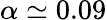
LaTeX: \alpha\simeq 0.09